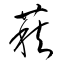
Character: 萩